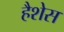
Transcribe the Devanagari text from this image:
हैशेस